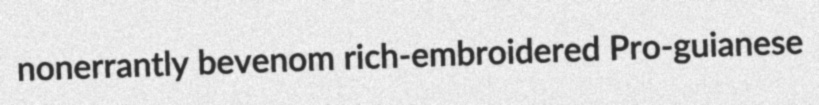
nonerrantly bevenom rich-embroidered Pro-guianese